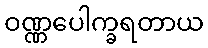
ဝဏ္ဏပေါက္ခရတာယ